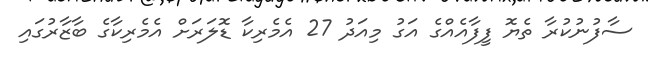
ސާފުނުކުރާ ތެޔޮ ފީފާއެއްގެ އަގު މިއަދު 27 އެމެރިކާ ޑޮލަރަށް އެމެރިކާގެ ބާޒާރުގައި